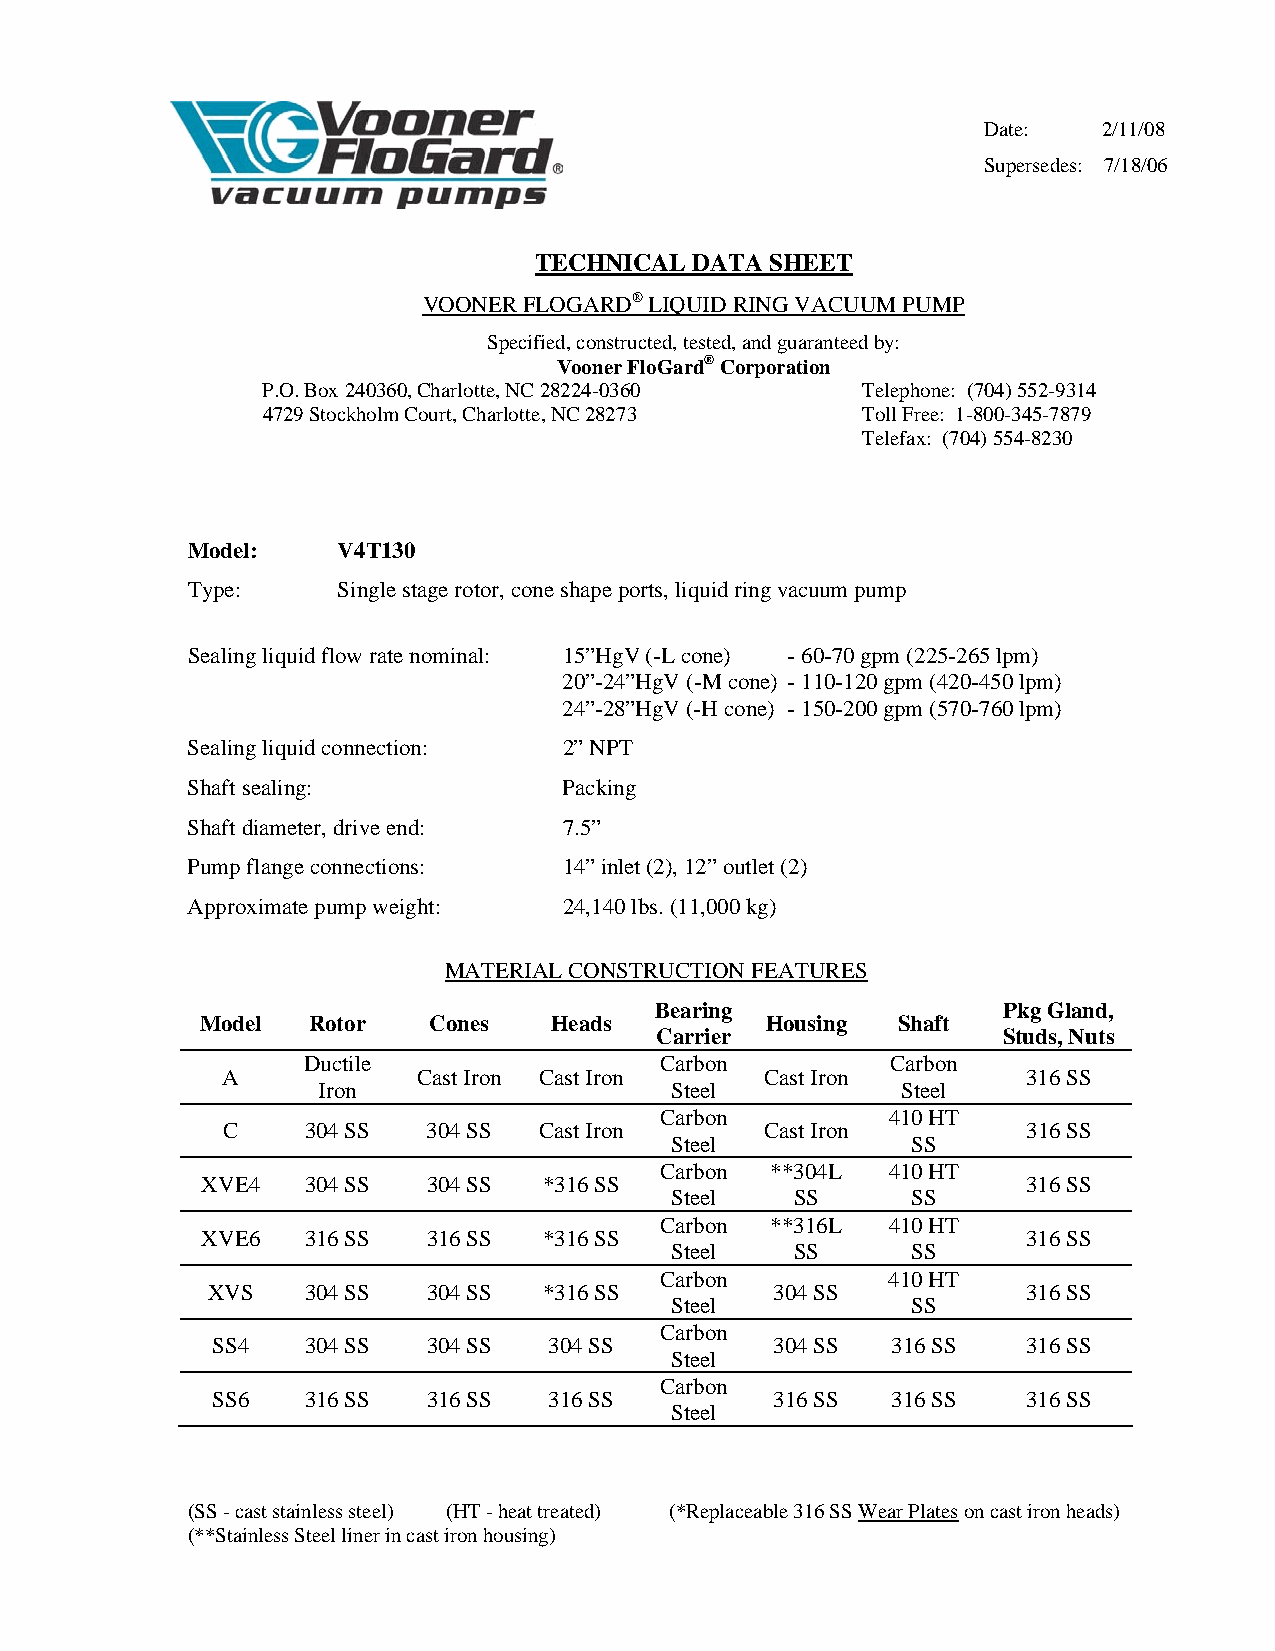
Date:   2/11/08
 Supersedes: 7/18/06
 TECHNICAL  DATA SHEET
 VOONER FLOGARD® LIQUID RING VACUUM PUMP
 Specified, constructed, tested, and guaranteed by:
 Vooner FloGard® Corporation
 P.O. Box 240360, Charlotte, NC 28224-0360 Telephone: (704) 552-9314
 4729 Stockholm Court, Charlotte, NC 28273 Toll Free: 1-800-345-7879
 Telefax: (704) 554-8230
 Model:    V4T130
 Type:     Single stage rotor, cone shape ports, liquid ring vacuum pump
 Sealing liquid flow rate nominal: 15”HgV (-L cone) - 60-70 gpm (225-265 lpm)
 20”-24”HgV (-M cone) - 110-120 gpm (420-450 lpm)
 24”-28”HgV (-H cone) - 150-200 gpm (570-760 lpm)
 Sealing liquid connection: 2” NPT
 Shaft sealing:           Packing
 Shaft diameter, drive end: 7.5”
 Pump flange connections: 14” inlet (2), 12” outlet (2)
 Approximate pump weight: 24,140 lbs. (11,000 kg)
 MATERIAL CONSTRUCTION FEATURES
 Bearing                Pkg Gland,
 Model  Rotor   Cones   Heads          Housing Shaft
 Carrier                Studs, Nuts
 Ductile                 Carbon         Carbon
 A            Cast Iron Cast Iron    Cast Iron        316 SS
 Iron                   Steel           Steel
 Carbon         410 HT
 C    304 SS  304 SS  Cast Iron      Cast Iron        316 SS
 Steel           SS
 Carbon **304L  410 HT
 XVE4   304 SS  304 SS  *316 SS                         316 SS
 Steel    SS     SS
 Carbon **316L  410 HT
 XVE6   316 SS  316 SS  *316 SS                         316 SS
 Steel    SS     SS
 Carbon         410 HT
 XVS   304 SS  304 SS  *316 SS        304 SS           316 SS
 Steel           SS
 Carbon
 SS4   304 SS  304 SS  304 SS         304 SS  316 SS   316 SS
 Steel
 Carbon
 SS6   316 SS  316 SS  316 SS         316 SS  316 SS   316 SS
 Steel
 (SS - cast stainless steel) (HT - heat treated) (*Replaceable 316 SS Wear Plates on cast iron heads)
 (**Stainless Steel liner in cast iron housing)